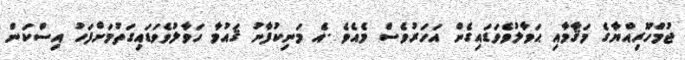
ޖުމްހޫރިއްޔާގެ މަޤާމާއި ޙަވާލުވެވަޑައިގެން އަހަރުވެސް މެއެވެ .އެ މަނިކުފާނު ޤައުމާ ހަވާލުވެވަޑައިގަތުމަށްފަހު އިސްކަން